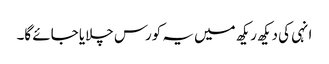
انہی کی دیکھ ریکھ میں یہ کورس چلایا جائے گا۔